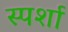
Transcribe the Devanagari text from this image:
स्पर्शा